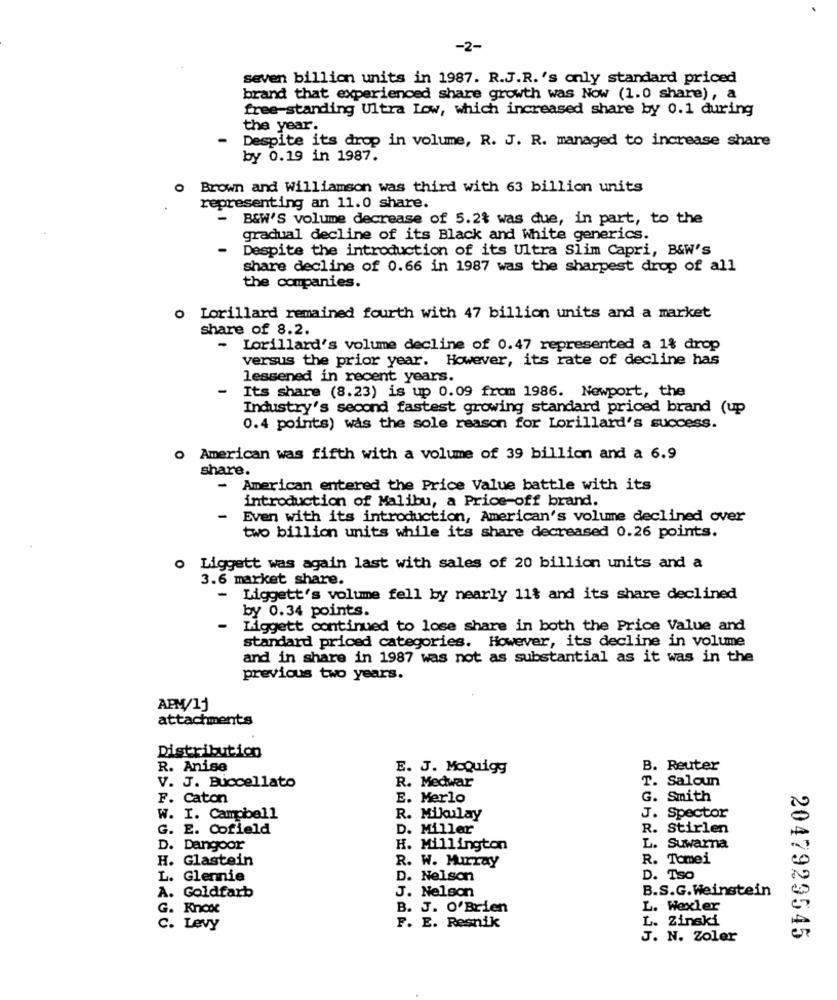
-2-
seven billion units in 1987. R.J.R. 's only standard priced
brand that experienced share growth was Now (1.0 share), a
free-standing Ultra Low, which increased share by 0.1 during
the year.
Despite its drop in volume, R. J. R. managed to increase share
by 0.19 in 1987.
Brown and Williamson was third with 63 billion units
representing an 11.0 share.
- B&W'S volume decrease of 5.2% was due, in part, to the
gradual decline of its Black and white generics.
- Despite the introduction of its Ultra Slim Capri, B&W's
share decline of 0.66 in 1987 was the sharpest drop of all
the companies.
Lorillard remained fourth with 47 billion units and a market
share of 8.2.
- Lorillard's volume decline of 0.47 represented a 1% drop
versus the prior year. However, its rate of decline has
lessened in recent years.
-
Its share (8.23) is up 0.09 from 1986. Newport, the
Industry's second fastest growing standard priced brand (up
0.4 points) was the sole reason for Lorillard's success.
O
American was fifth with a volume of 39 billion and a 6.9
share.
- American entered the Price Value battle with its
introduction of Malibu, a Price-off brand.
-
Even with its introduction, American's volume declined over
two billion units while its share decreased 0.26 points.
o Liggett was again last with sales of 20 billion units and a
3.6 market share.
- Liggett's volume fell by nearly 11% and its share declined
by 0.34 points.
-
Liggett continued to lose share in both the Price Value and
standard priced categories. However, its decline in volume
and in share in 1987 was not as substantial as it was in the
previous two years.
APM/1j
attachments
Distribution
R. Anise
E. J. MoQuigg
B. Reuter
R. Medwar
T. Saloun
V. J. Buccellato
F. Caton
E. Merlo
G. Smith
W. I. Campbell
R. Mikulay
J. Spector
G. E. Cofield
D. Miller
R. Stirlen
D. Dangoor
H. Millington
L. Suwarna
H. Glastein
R. W. Murray
R. Tomei
L. Glennie
D. Nelson
D. Tso
B.S.G.Weinstein
A. Goldfarb
J. Nelson
G. Knox
B. J. O'Brien
L. Wexler
L. Zinski
. Levy
F. E. Resnik
J. N. Zoler
2047929545